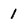
Character: 1